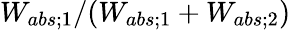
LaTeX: W_{abs;1}/(W_{abs;1}+W_{abs;2})